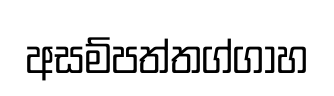
අසම්පත්තග්ගාහ